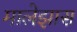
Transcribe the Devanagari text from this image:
मालेझास